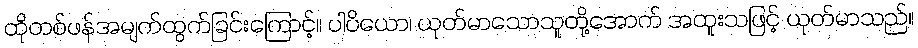
ထိုတစ်ဖန်အမျက်ထွက်ခြင်းကြောင့်။ ပါပိယော၊ ယုတ်မာသောသူတို့အောက် အထူးသဖြင့် ယုတ်မာသည်။